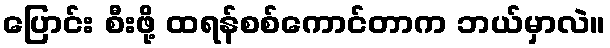
ပြောင်း စီးဖို့ ထရန်စစ်ကောင်တာက ဘယ်မှာလဲ။